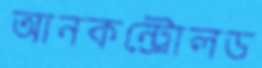
আনকন্ট্রোলড